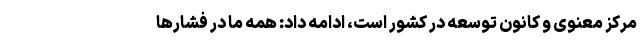
مرکز معنوی و کانون توسعه در کشور است، ادامه داد: همه ما در فشارها